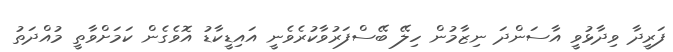
ފަރީދާ ވިދާޅުވީ އާސަންދަ ނިޒާމުން ހިލޭ ބޭސްފަރުވާކުރެވެނީ އައިޑީކާޑު އޮވެގެން ކަމަށްވާތީ މުއްދަތު